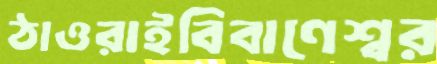
ঠাওরাইবিবাণেশ্বর